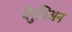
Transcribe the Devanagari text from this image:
पेरुविअन